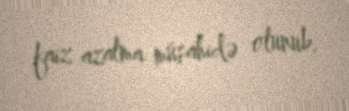
faiz azalma müşahidə olunub.